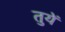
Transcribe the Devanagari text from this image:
तुयें